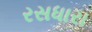
રસધારા